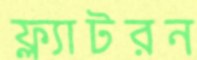
ফ্ল্যাটরন